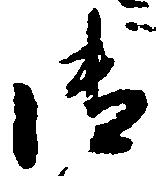
御